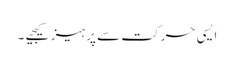
ایسی حرکت سے پرہیز کیجیے ۔